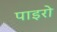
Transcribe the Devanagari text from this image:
पाइरो